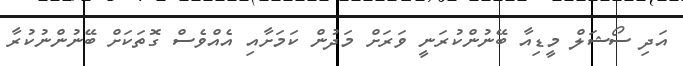
އަދި ސޯޝަލް މީޑިއާ ބޭނުންކުރަނީ ވަރަށް މަދުން ކަމަށާއި އެއްވެސް ގޮތަކަށް ބޭނުންނުކުރާ